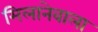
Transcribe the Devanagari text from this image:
मिलानेवाला